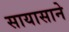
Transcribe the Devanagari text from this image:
सायासाने